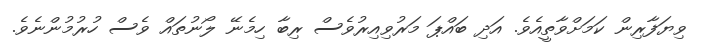
ވިޔަފާރިން ކަމަށްވާތީއެވެ. އަދި ބައްޕަ މަރުވިއިރުވެސް ރިބާ ހިމެނޭ ލޯނުތައް ވެސް ހުރުމުންނެވެ.